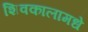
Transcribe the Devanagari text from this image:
शिवकालामधे